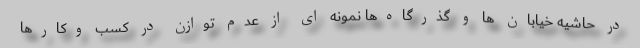
در حاشیه خیابان ها و گذرگاه‌ها نمونه ای از عدم توازن در کسب وکارها